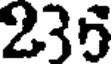
235